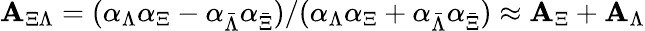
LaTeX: \mathbf{A}_{\Xi\Lambda}=(\alpha_{\Lambda}\alpha_{\Xi}-\alpha_{\bar{{\Lambda}}}\alpha_{\bar{{\Xi}}})/(\alpha_{\Lambda}\alpha_{\Xi}+\alpha_{\bar{{\Lambda}}}\alpha_{\bar{{\Xi}}})\approx\mathbf{A}_{\Xi}+\mathbf{A}_{\Lambda}